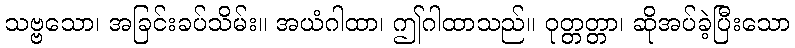
သဗ္ဗသော၊ အခြင်းခပ်သိမ်း။ အယံဂါထာ၊ ဤဂါထာသည်။ ဝုတ္တတ္တာ၊ ဆိုအပ်ခဲ့ပြီးသော